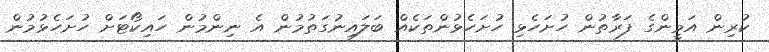
ކުރިން އަމީންގެ ފަރާތުން ހުށަހެޅި ހުށަހެޅުންތަކެއް ބަލައިނުގަތުމުން އެ ނިންމުން ހައިކޯޓަށް ހުށަހެޅުމުން